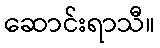
ဆောင်းရာသီ။